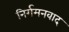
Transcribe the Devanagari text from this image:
निर्गमनवाद